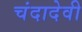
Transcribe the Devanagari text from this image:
चंदादेवी